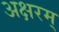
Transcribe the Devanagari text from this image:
अक्षरम्